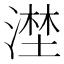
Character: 漜